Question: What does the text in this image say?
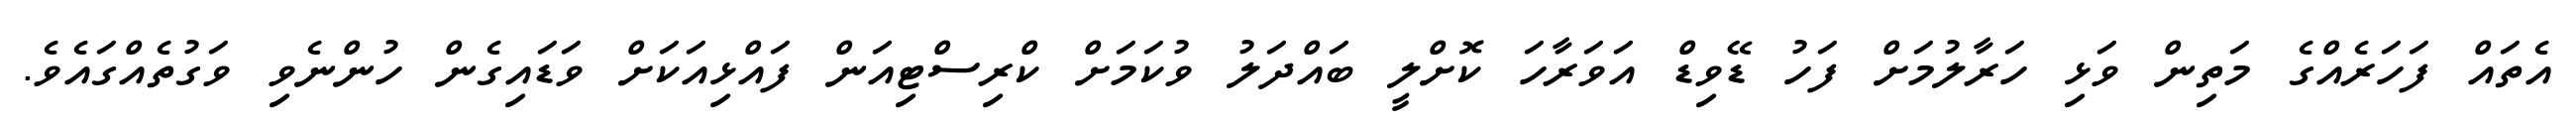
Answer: އެތައް ފަހަރެއްގެ މަތިން ވަޅި ހަރާލުމަށް ފަހު ޑޭވިޑް އަވަރާހަ ކޮށްލީ ބައްދަލު ވުކަމަށް ކްރިސްޓިއަން ފައްޅިއަކަށް ވަޑައިގެން ހުންނެވި ވަގުތެއްގައެވެ.